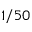
1 / 5 0